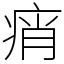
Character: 痟